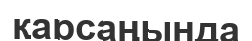
қарсаңында